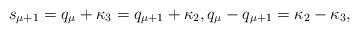
LaTeX: \begin{align*} s_{\mu+1} = q_\mu + \kappa_3 = q_{\mu+1} + \kappa_2 , q_{\mu} - q_{\mu+1} = \kappa_2 - \kappa_3, \end{align*}